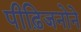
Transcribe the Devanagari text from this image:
पीढ़िजनोने